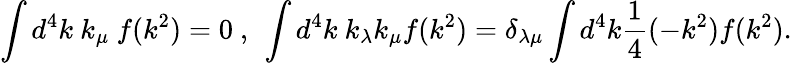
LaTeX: \int d^{4}k\ k_{\mu}\ f(k^{2})=0\ ,\ \int d^{4}k\ k_{\lambda}k_{\mu}f(k^{2})=\delta_{\lambda\mu}\int d^{4}k\frac{1}{4}(-k^{2})f(k^{2}).